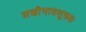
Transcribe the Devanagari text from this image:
सखीभावसूचक